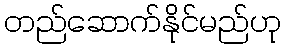
တည်ဆောက်နိုင်မည်ဟု